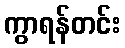
ကွာရန်တင်း